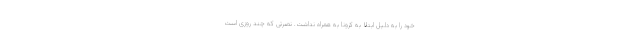
خود را به دلیل ابتلا به کرونا به همراه نداشت. نصرتی که چند روزی است